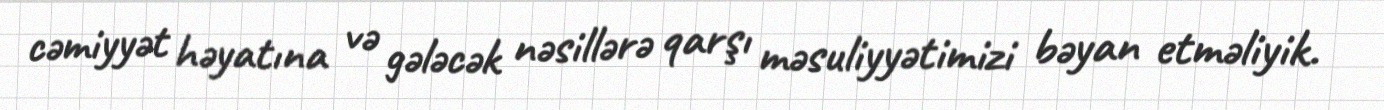
cəmiyyət həyatına və gələcək nəsillərə qarşı məsuliyyətimizi bəyan etməliyik.